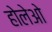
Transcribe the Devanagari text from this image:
होलेओ